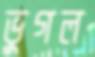
ভুগল